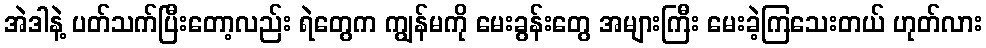
အဲဒါနဲ့ ပတ်သက်ပြီးတော့လည်း ရဲတွေက ကျွန်မကို မေးခွန်းတွေ အများကြီး မေးခဲ့ကြသေးတယ် ဟုတ်လား